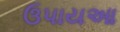
ઉપાયઆ